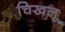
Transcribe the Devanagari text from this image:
चिखलू